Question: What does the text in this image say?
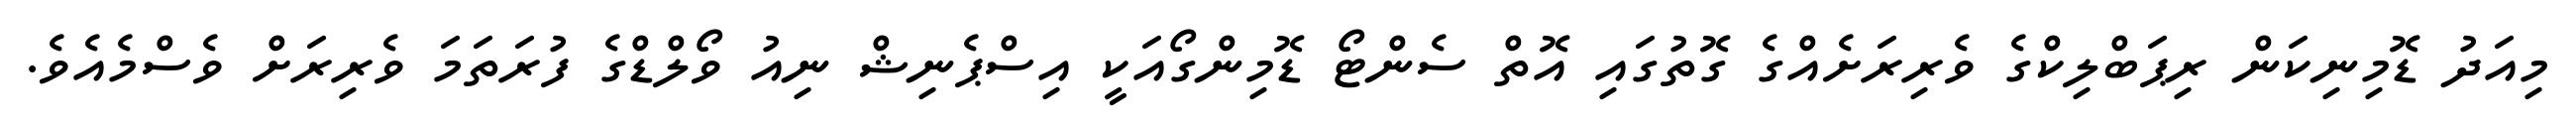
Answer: މިއަދު ޑޮމިނިކަން ރިޕަބްލިކްގެ ވެރިރަށެއްގެ ގޮތުގައި އޮތް ސެންޓޯ ޑޮމިންގޯއަކީ އިސްޕެނިޝް ނިއު ވޯލްޑްގެ ފުރަތަމަ ވެރިރަށް ވެސްމެއެވެ.